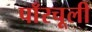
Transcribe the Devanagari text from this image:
पाँरचूली